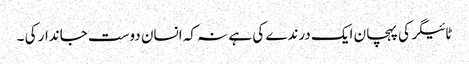
ٹائیگر کی پہچان ایک درندے کی ہے نہ کہ انسان دوست جاندار کی ۔